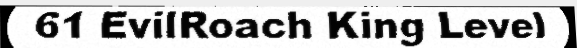
61 EvilRoach King Level